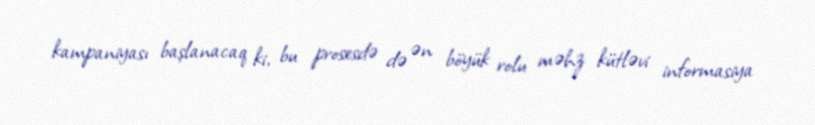
kampaniyası başlanacaq ki, bu prosesdə də ən böyük rolu məhz kütləvi informasiya